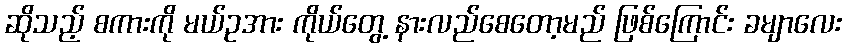
ဆိုသည့် စကားကို မယ်ဥအား ကိုယ်တွေ့ နားလည်စေတော့မည် ဖြစ်ကြောင်း ခမျာလေး